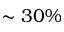
\sim 3 0 \%